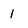
Character: 1